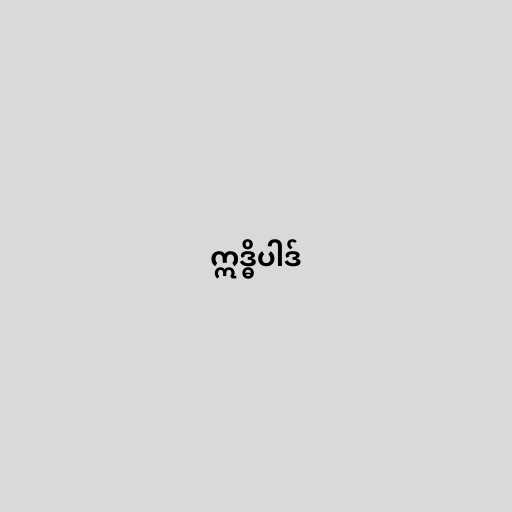
ဣဒ္ဓိပါဒ်